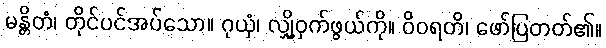
မန္တိတံ၊ တိုင်ပင်အပ်သော။ ဂုယှံ၊ လျှို့ဝှက်ဖွယ်ကို။ ဝိဝရတိ၊ ဖော်ပြတတ်၏။